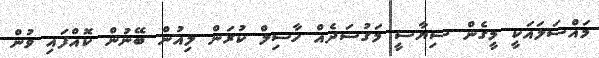
މައްސަލައަކީ މީގެން ސިޔާސީ މަގުސަދެއް ހާސިލް ކުރަން ލިއުން ބޭނުން ކޮއްފައި ވުން